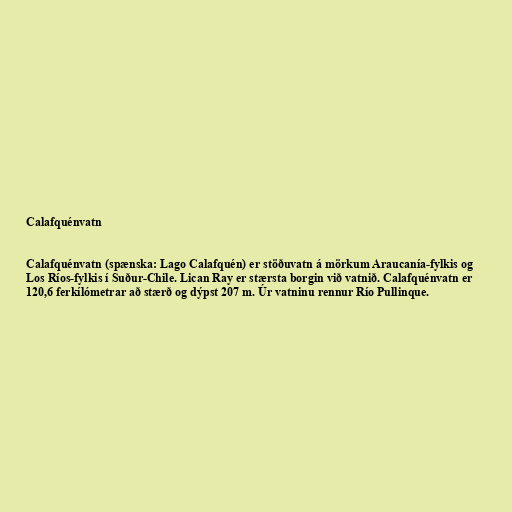
Calafquénvatn

Calafquénvatn (spænska: Lago Calafquén) er stöðuvatn á mörkum Araucanía-fylkis og
Los Ríos-fylkis í Suður-Chile. Lican Ray er stærsta borgin við vatnið. Calafquénvatn er
120,6 ferkílómetrar að stærð og dýpst 207 m. Úr vatninu rennur Río Pullinque.